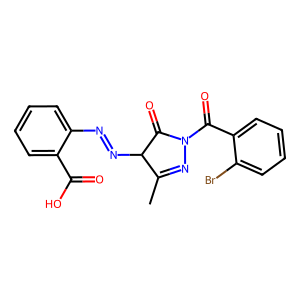
SMILES: CC1=NN(C(=O)c2ccccc2Br)C(=O)C1N=Nc1ccccc1C(=O)O
Inhibits HIV replication: No